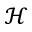
\mathscr { H }